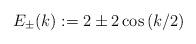
LaTeX: \begin{align*}E_{\pm}(k) := 2 \pm 2\cos\left(k/2\right)\end{align*}